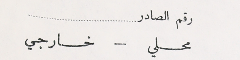
رقم الصادر
 محلي – خارجي